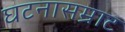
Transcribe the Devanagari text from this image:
घटनासम्राट